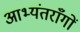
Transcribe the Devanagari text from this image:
आभ्यंतराँगों